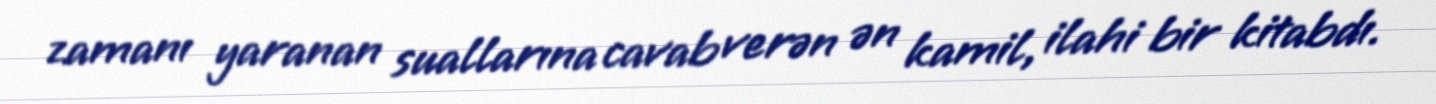
zamanı yaranan suallarına cavab verən ən kamil, ilahi bir kitabdı.